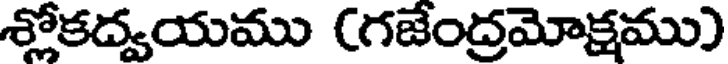
శ్లోకద్వయము (గజేంద్రమోక్షము)